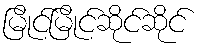
မြိုင်မြိုင်ဆိုင်ဆိုင်